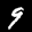
Label: 9